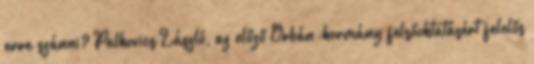
erre szánni? Palkovics László, az előző Orbán-kormány felsőoktatásért felelős